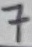
Text: 7